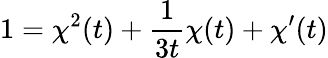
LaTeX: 1=\chi^{2}(t)+{\frac{1}{3t}}\chi(t)+\chi^{\prime}(t)